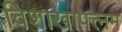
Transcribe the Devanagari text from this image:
विशाखापत्त्नम